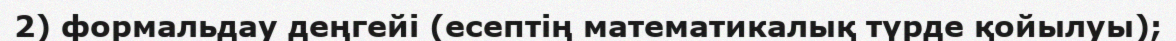
2) формальдау деңгейі (есептің математикалық түрде қойылуы);